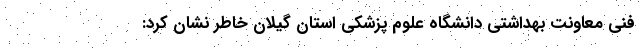
فنی معاونت بهداشتی دانشگاه علوم پزشکی استان گیلان خاطر نشان کرد: